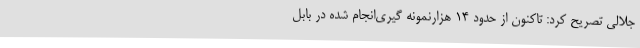
جلالی تصریح کرد: تاکنون از حدود 14 هزارنمونه گیری‌انجام شده در بابل